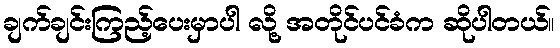
ချက်ချင်းကြည့်ပေးမှာပါ လို့ အတိုင်ပင်ခံက ဆိုပါတယ်။